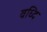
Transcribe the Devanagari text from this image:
वध्दि